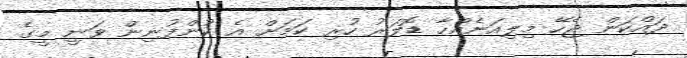
ދައްކަން ޖެހޭ މިލިއަނެއްހާ ޑޮލަރު ހުރި ކަމަށް އެ ކުންފުނިން ވަނީ މީގެ